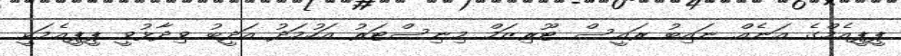
ޕީޕީއެމްގެ އަނެއް ނައިބު ރައީސް ޓޫރިޒަމް މިނިސްޓަރު އަހުމަދު އަދީބު ވިދާޅުވީ ޕީޕީއެމަކީ